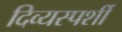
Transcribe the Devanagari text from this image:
दिव्यस्पर्शी